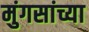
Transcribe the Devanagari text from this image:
मुंगसांच्या